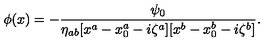
\phi ( x ) = - { \frac { \psi _ { 0 } } { \eta _ { a b } [ x ^ { a } - x _ { 0 } ^ { a } - i \zeta ^ { a } ] [ x ^ { b } - x _ { 0 } ^ { b } - i \zeta ^ { b } ] } } .